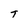
Character: t